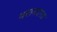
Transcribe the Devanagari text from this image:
भवानदगड